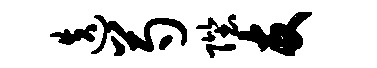
迭芍陛友